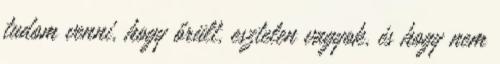
tudom venni, hogy őrült, esztelen vagyok, és hogy nem